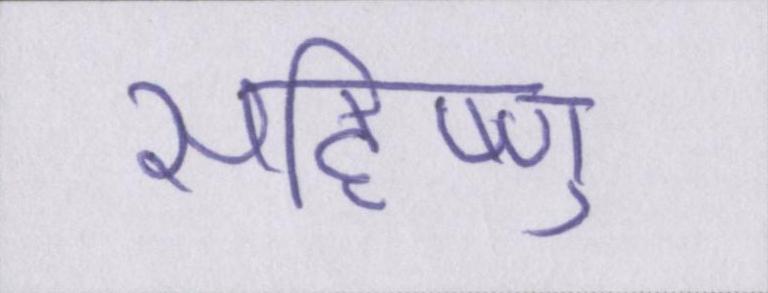
सहिष्णु